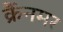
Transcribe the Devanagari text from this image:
क्रैंनमर